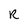
Character: R